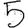
Digit: 5